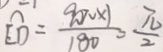
\widehat { E D } = \frac { 9 0 \pi \times 1 } { 1 8 0 } = \frac { \pi } { 2 }